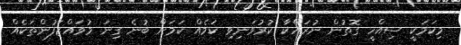
މިކަމަކީ ސިއްހީ ގޮތުން ނުރައްކާ ކުރުވަނިވި ކަމެއް ކަމަށް ބުނެ ގިނަ މުވައްޒަފުންތަކެއް